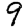
Digit: 9